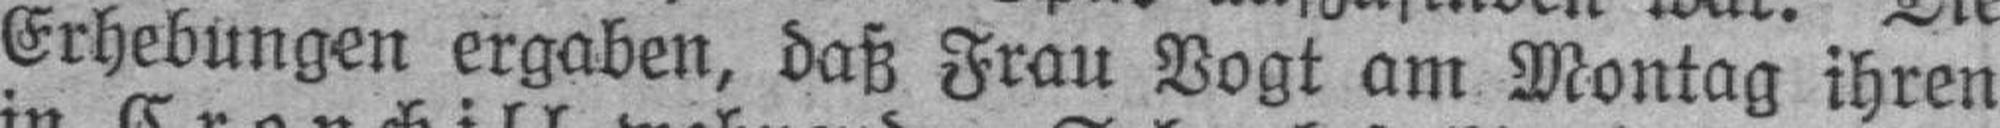
Erhebungen ergaben, daß Frau Vogt am Montag ihren